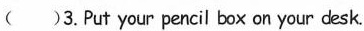
()3.Put your pencil box on your desk.